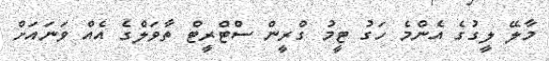
މާލޭ ލީގުގެ އެންމެ ހަގު ޓީމު ގްރީން ސްޓްރީޓް ތާވަލްގެ އެއް ވަނައަށް